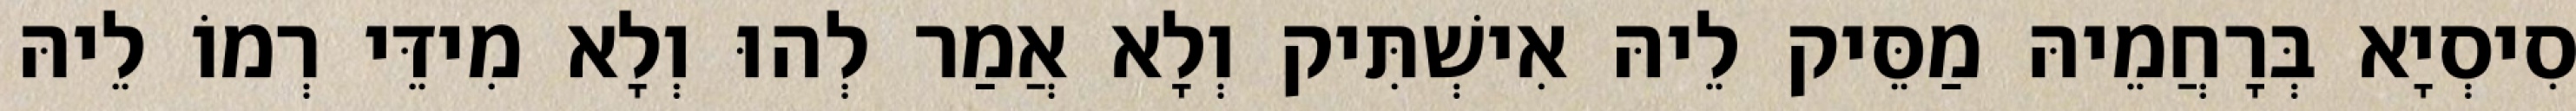
סִיסְיָא בְּרָחֲמֵיהּ מַסֵּיק לֵיהּ אִישְׁתִּיק וְלָא אֲמַר לְהוּ וְלָא מִידֵּי רְמוֹ לֵיהּ